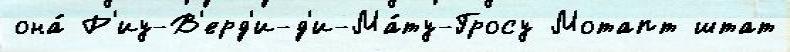
она́ Р'иу-В'ерд'и-д'и-Ма́ту-Гросу Мотапт штат